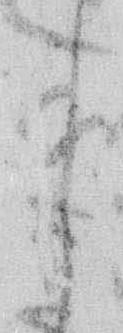
月